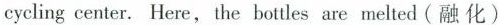
cycling center. Here,the bottles are melted (融 化)